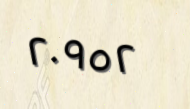
٢٠٩٥٢